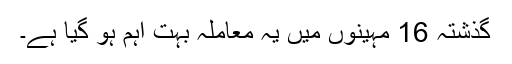
گذشتہ 16 مہینوں میں یہ معاملہ بہت اہم ہو گیا ہے۔